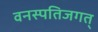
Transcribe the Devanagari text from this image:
वनस्पतिजगत्